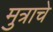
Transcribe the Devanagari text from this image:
मुत्राचे